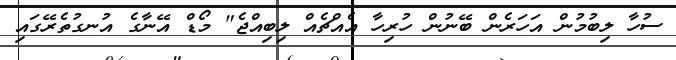
ސުހާ ލިބުމުން އަހަރެން ބޭނުން ހުރިހާ އެއްޗެއް ލިބިއްޖެ" މޯޑް އޭނާގެ އުނގުތެރޭގައި